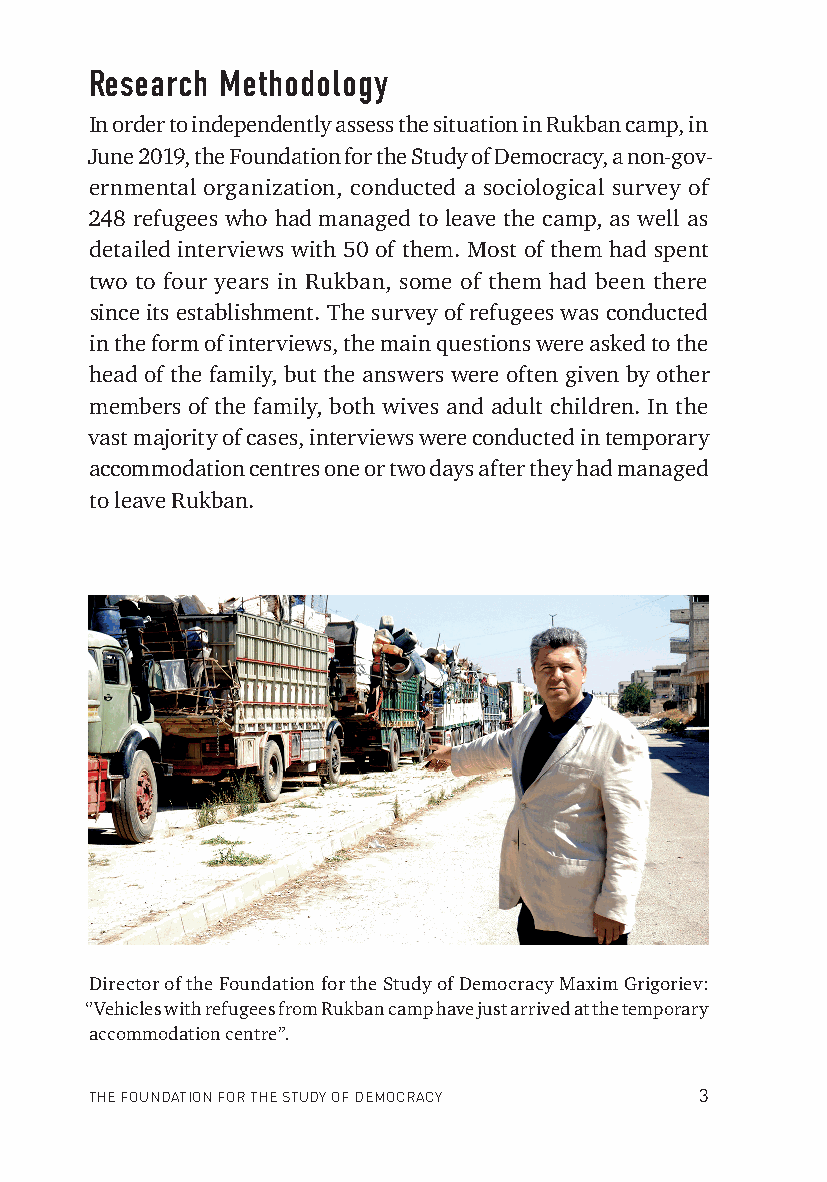
Research Methodology
 In order to independently assess the situation in Rukban camp, in
 June 2019, the Foundation for the Study of Democracy, a non-gov-
 ernmental organization, conducted a sociological survey of
 248 refugees who had managed to leave the camp, as well as
 detailed interviews with 50 of them. Most of them had spent
 two to four years in Rukban, some of them had been there
 since its establishment. The survey of refugees was conducted
 in the form of interviews, the main questions were asked to the
 head of the family, but the answers were often given by other
 members of the family, both wives and adult children. In the
 vast majority of cases, interviews were conducted in temporary
 accommodation centres one or two days after they had managed
 to leave Rukban.
 Director of the Foundation for the Study of Democracy Maxim Grigoriev:
 ‘’Vehicles with refugees from Rukban camp have just arrived at the temporary
 accommodation centre”.
 THE FOUNDATION FOR THE STUDY OF DEMOCRACY 3